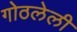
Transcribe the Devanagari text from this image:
गोठलेली